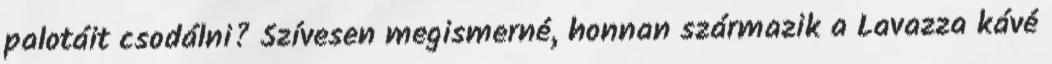
palotáit csodálni? Szívesen megismerné, honnan származik a Lavazza kávé